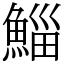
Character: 鯔